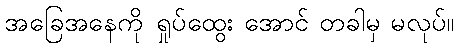
အခြေအနေကို ရှုပ်ထွေး အောင် တခါမှ မလုပ်။